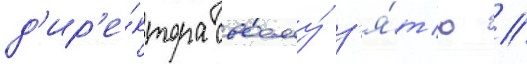
д'ир'е́ктора своему́ з'я́т'ю //